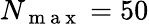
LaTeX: N_{\mathrm{~m~a~x~}}=50